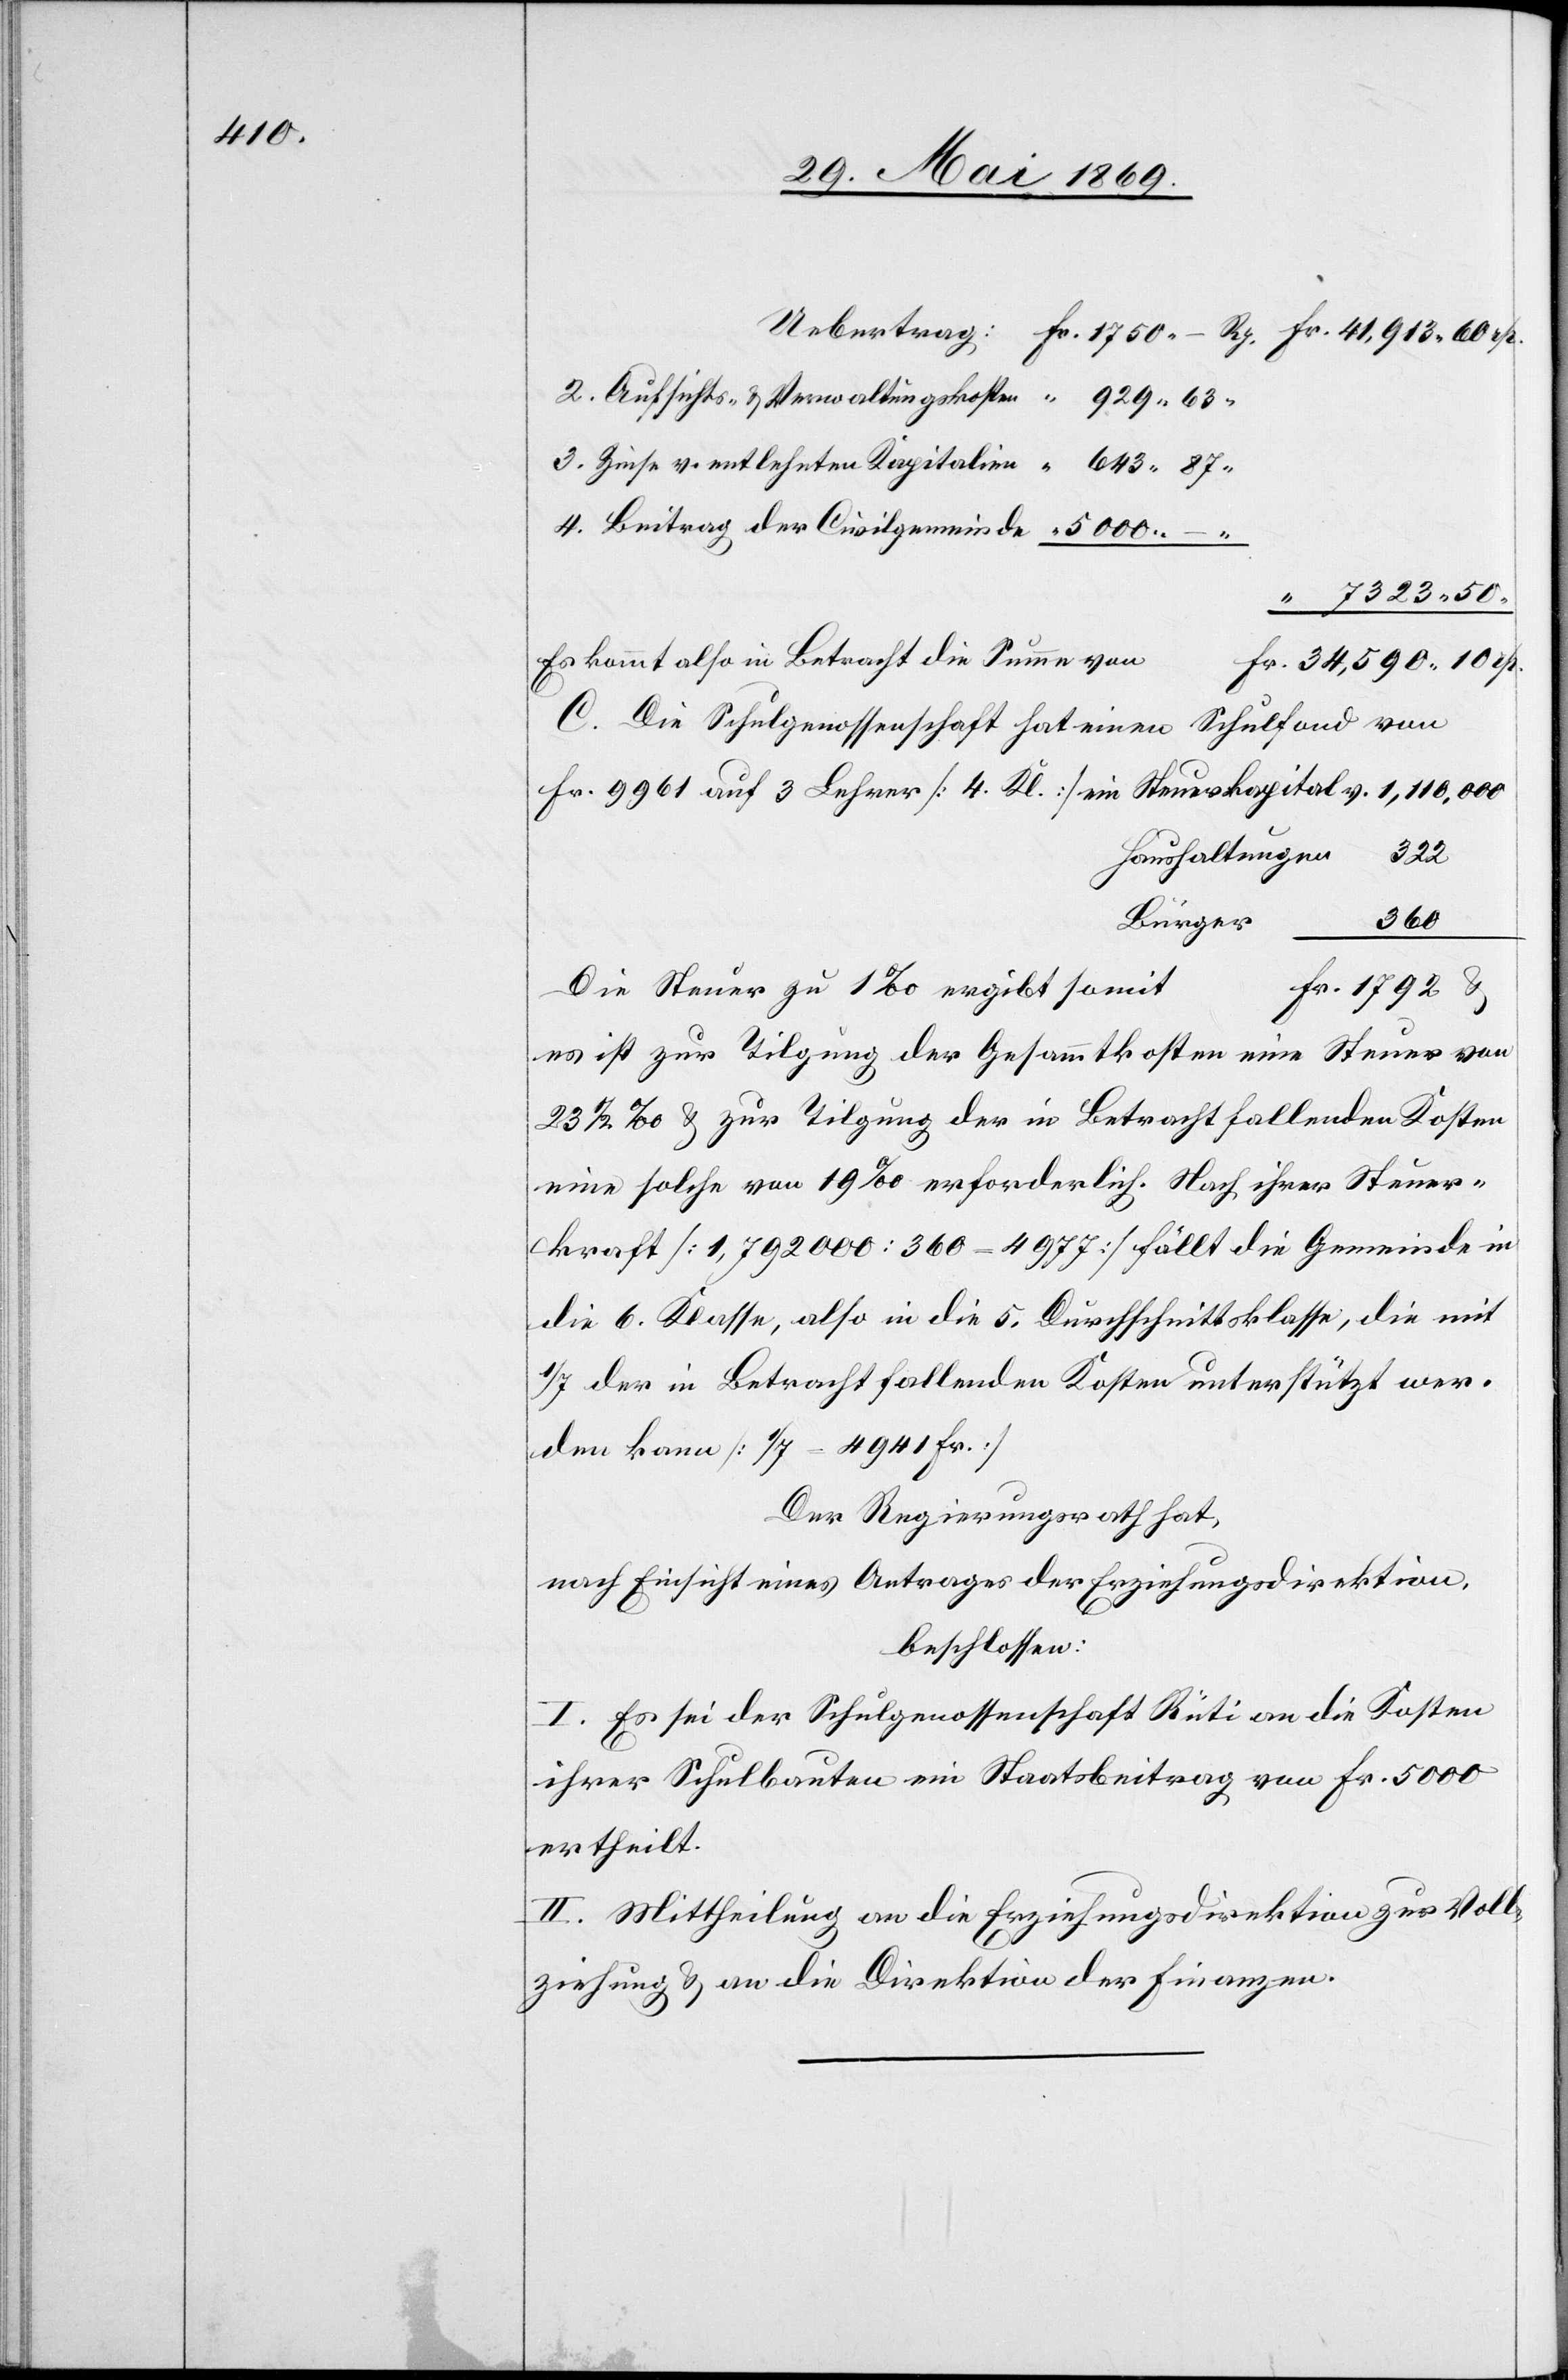
Uebertrag: 	Fr. 1750. – Rp.	Fr. 41,913.60 rp.
2. Aufsichts- u. Verwaltungskosten				“	 929.63 “
3. Zinse v. entlehnten Kapitalien				“	 643.87 “
4. Beitrag der Civilgemeinde				“	5000. –
“ 7323.50
Es kommt also in Betracht die Summe von
C. Die Schulgenossenschaft hat einen Schulfond von
Fr. 9961 auf 3 Lehrer [4 Kl.] im Steuerkapital v. 	1,110,000
Haushaltungen	 322
360
Die Steuer zu 1 ‰ ergibt somit
Fr. 1792 u.
es ist zur Tilgung der Gesammtkosten eine Steuer von
23 1/2 ‰ u. zur Tilgung der in Betracht fallenden Kosten
eine solche von 19 ‰ erforderlich. Nach ihrer Steuer¬
kraft [1,792000:360=4977] fällt die Gemeinde in
die 6 Klasse, also in die 5 Durchschnittsklasse, die mit
1/7 der in Betracht fallenden Kosten unterstützt wer¬
den kann [1/7=4941 Fr.]
Der Regierungsrath hat,
nach Einsicht eines Antrages der Erziehungsdirektion,
beschlossen:
I. Es sei der Schulgenossenschaft Rüti an die Kosten
ihrer Schulhausbauten ein Staatsbeitrag von Fr. 5000
ertheilt.
II. Mittheilung an die Erziehungsdirektion zur Voll¬
ziehung u. an die Direktion der Finanzen.